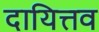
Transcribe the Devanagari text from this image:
दायित्तव